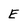
Character: E